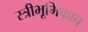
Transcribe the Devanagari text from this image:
स्त्रीभूमिकाच